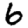
Digit: 6